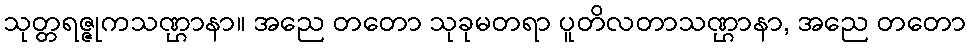
သုတ္တရဇ္ဇုကသဏ္ဌာနာ။ အညေ တတော သုခုမတရာ ပူတိလတာသဏ္ဌာနာ, အညေ တတော